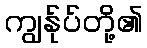
ကျွန်ုပ်တို့၏